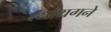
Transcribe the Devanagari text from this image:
त्यायगने